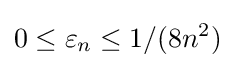
0\leq \varepsilon _{n}\leq 1/(8n^{2})